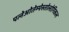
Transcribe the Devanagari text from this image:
पलेओतेम्पेस्तोलोगिकल